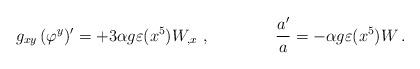
LaTeX: \begin{align*}g_{xy}\,(\varphi^y)' = + 3 \alpha g \varepsilon (x^5) W_{,x} \ ,\qquad \qquad {a'\over a} = - \alpha g \varepsilon (x^5) W \,.\end{align*}